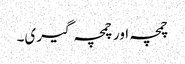
چمچہ اور چمچہ گیری۔